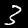
Digit: 3